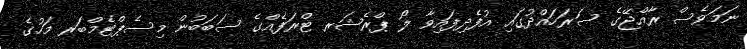
ނަމަވެސް ރާއްޖޭގެ ސަރަހައްދުގައި އުފެދިފައިވާ ލޯ ޕްރެޝަރ ޓްރަފެއްގެ ސަބަބުން މިސެޕްޓެމްބަރ މަހުގެ